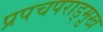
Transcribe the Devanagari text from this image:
प्रपचपराड्म़ुख